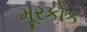
મૂરકોક